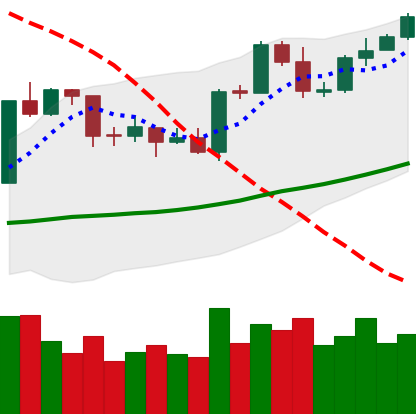
Ticker: ETH-USD
Chart end date: 2020-04-25
Forward return: 6.182%
Label: up_5_7